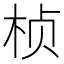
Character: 桢